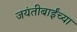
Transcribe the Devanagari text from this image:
जयंतीबाईंच्या